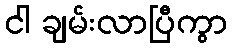
ငါ ချမ်းလာပြီကွာ